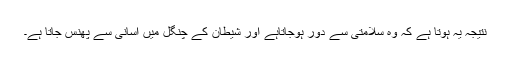
نتیجہ یہ ہوتا ہے کہ وہ سلامتی سے دور ہوجاتاہے اور شیطان کے چنگل میں آسانی سے پھنس جاتا ہے۔